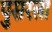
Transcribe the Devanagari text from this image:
पुसरला